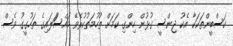
ކަސްބީންތަކަކާ އެކު ޖިންސީ ގުޅުން ހިންގި ކަމަށް ތުހުމަތުކުރެވޭ މައްސަަލައިގެ ތަހުގީގު ވެސް